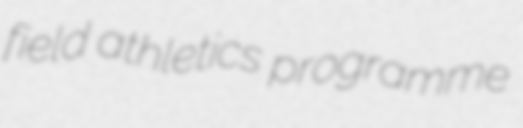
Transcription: field athletics programme